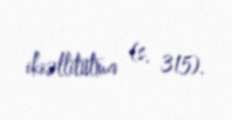
ikiəllitutma (s. 315).